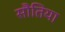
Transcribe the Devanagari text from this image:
सौतिया